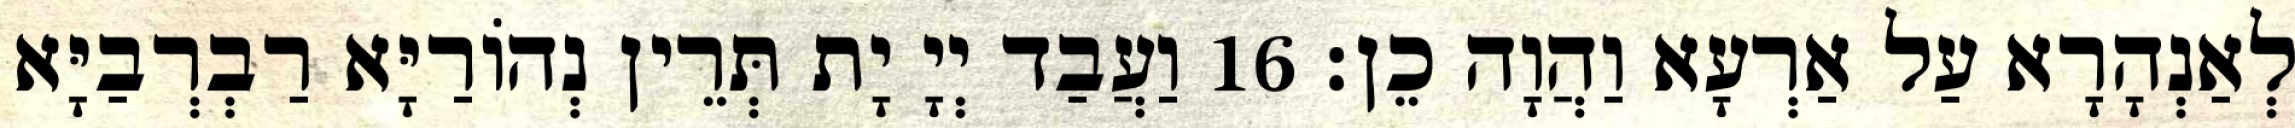
לְאַנְהָרָא עַל אַרְעָא וַהֲוָה כֵן׃ 16 וַעֲבַד יְיָ יָת תְּרֵין נְהוֹרַיָּא רַבְרְבַיָּא